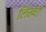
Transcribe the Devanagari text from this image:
लिख्यौ